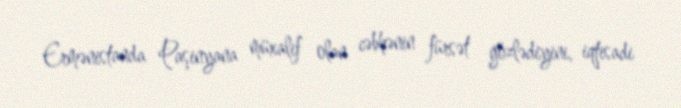
Ermənistanda Paşinyana müxalif olan cəbhənin fürsət gözlədiyini, iqtisadi